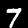
Digit: 7